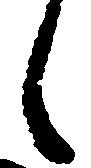
々